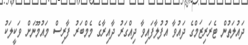
ދައުލަތުން ޓެރަރިޒަމްގެ ދައުވާ އުފުލާފައިވާ ދިއްގަރު ދާއިރާގެ މެމްބަރު ފާރިސް މައުމޫނަށް ވަކީލަކު